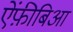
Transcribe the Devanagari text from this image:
ऐंफ़ीबिआ